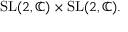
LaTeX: { \mathrm { S L } } ( 2 , \mathbb { C } ) \times { \mathrm { S L } } ( 2 , \mathbb { C } ) .